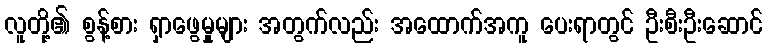
လူတို့၏ စွန့်စား ရှာဖွေမှုများ အတွက်လည်း အထောက်အကူ ပေးရာတွင် ဦးစီးဦးဆောင်